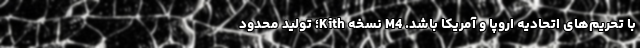
با تحریم‌های اتحادیه اروپا و آمریکا باشد. M4 نسخه Kith؛ تولید محدود